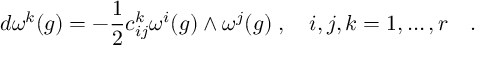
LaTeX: d \omega ^ { k } ( g ) = - \frac { 1 } { 2 } c _ { i j } ^ { k } \omega ^ { i } ( g ) \wedge \omega ^ { j } ( g ) \; , \quad i , j , k = 1 , \ldots , r \quad .